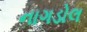
નાગડોલ